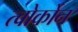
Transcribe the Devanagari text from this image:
त्वोर्कोन